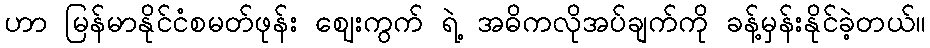
ဟာ မြန်မာနိုင်ငံစမတ်ဖုန်း ဈေးကွက် ရဲ့ အဓိကလိုအပ်ချက်ကို ခန့်မှန်းနိုင်ခဲ့တယ်။